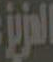
العزيز